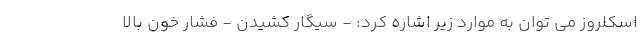
اسکلروز می توان به موارد زیر اشاره کرد: - سیگار کشیدن - فشار خون بالا